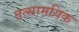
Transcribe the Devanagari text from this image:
तत्सामयिक